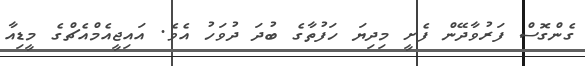
ގެންގޮސް ފަރުވާދޭން ފެށީ މިދިޔަ ހަފުތާގެ ބުދަ ދުވަހު އެެވެ. އައިޖީއެމްއެޗްގެ މީޑިއާ